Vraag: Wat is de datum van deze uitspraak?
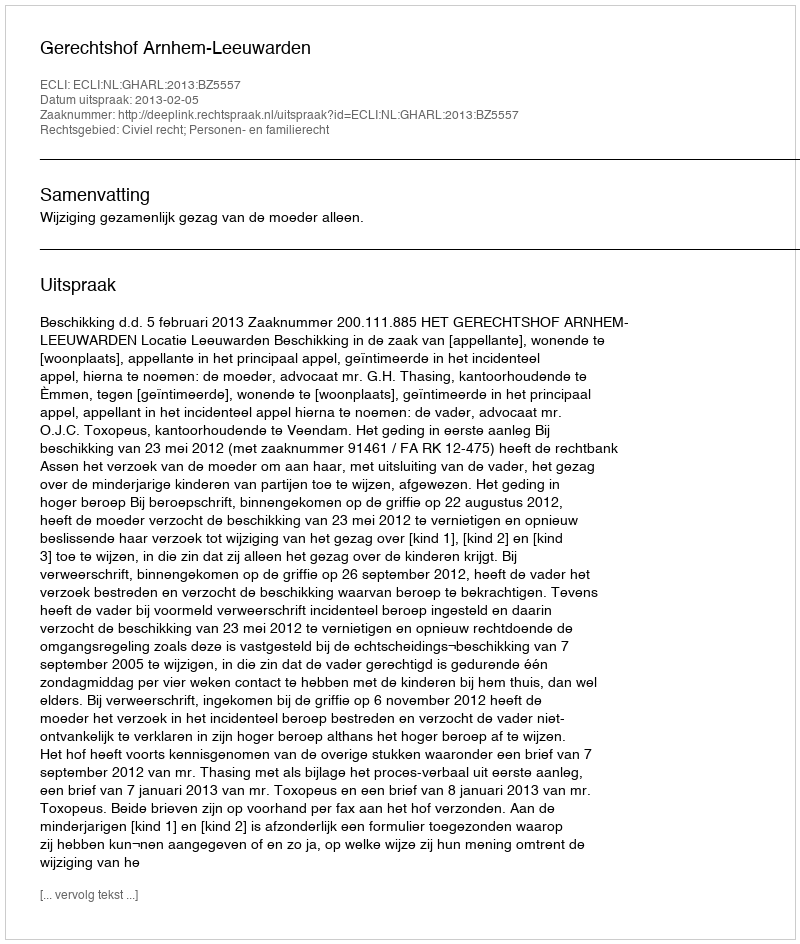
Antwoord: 2013-02-05